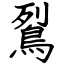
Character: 鴷